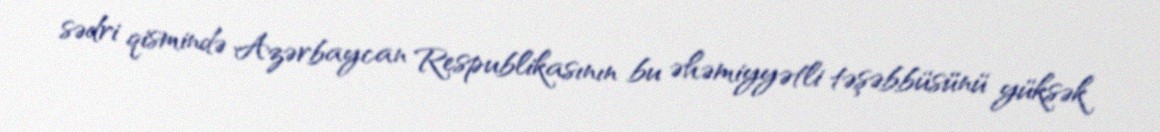
sədri qismində Azərbaycan Respublikasının bu əhəmiyyətli təşəbbüsünü yüksək